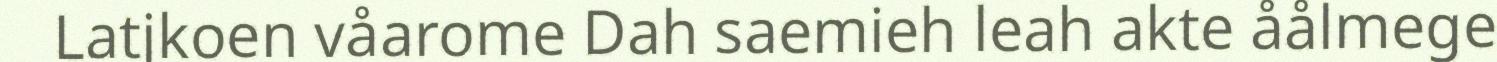
Latjkoen våarome Dah saemieh leah akte åålmege